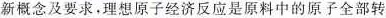
新概念及要求。理想原子经济反应是原料中的原子全部转